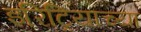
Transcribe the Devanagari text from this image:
इरिट्रियाच्या